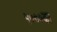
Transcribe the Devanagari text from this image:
५०००का